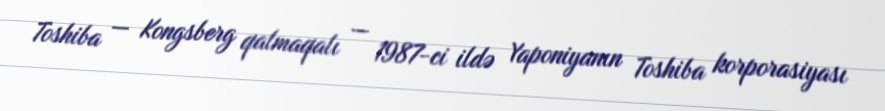
Toshiba — Kongsberg qalmaqalı — 1987-ci ildə Yaponiyanın Toshiba korporasiyası